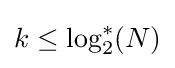
k\leq \log _{2}^{*}(N)